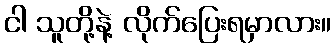
ငါ သူတို့နဲ့ လိုက်ပြေးရမှာလား။